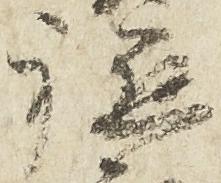
軈